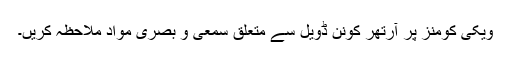
ویکی کومنز پر آرتھر کونن ڈویل سے متعلق سمعی و بصری مواد ملاحظہ کریں۔